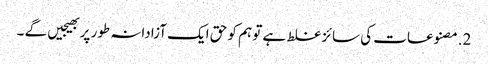
2.مصنوعات کی سائز غلط ہے تو ہم کو حق ایک آزادانہ طور پر بھیجیں گے ۔